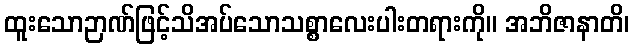
ထူးသောဉာဏ်ဖြင့်သိအပ်သောသစ္စာလေးပါးတရားကို။ အဘိဇာနာတိ၊